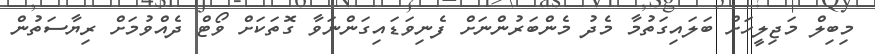
މިބިލް މަޖިލީހަށް ބަލައިގަތުމާ މެދު މެންބަރުންނަށް ފެނިވަޑައިގަންނަވާ ގޮތަކަށް ވޯޓް ދެއްވުމަށް ރިޔާސަތުން